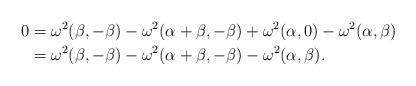
LaTeX: \begin{align*}0&=\omega^2(\beta,-\beta)-\omega^2(\alpha+\beta,-\beta)+\omega^2(\alpha,0)-\omega^2(\alpha,\beta)\\&=\omega^2(\beta,-\beta)-\omega^2(\alpha+\beta,-\beta)-\omega^2(\alpha,\beta).\end{align*}